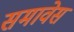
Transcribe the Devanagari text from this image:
समावेस